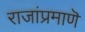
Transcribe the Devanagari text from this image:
राजांप्रमाणॆ